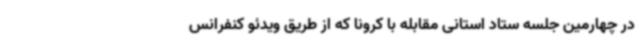
در چهارمین جلسه ستاد استانی مقابله با کرونا که از طریق ویدئو کنفرانس